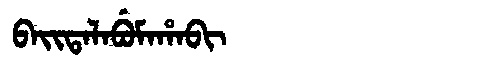
Manchu: ᠪᠠᡳᡨᠠᠯᠠᠪᡠᠮᠠᡥᠠᠪᡳ
Romanization: BAITALABUMAHABI